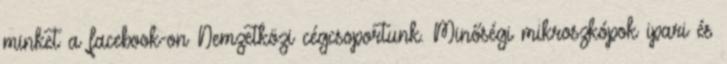
minket a facebook-on Nemzetközi cégcsoportunk. Minőségi mikroszkópok ipari és